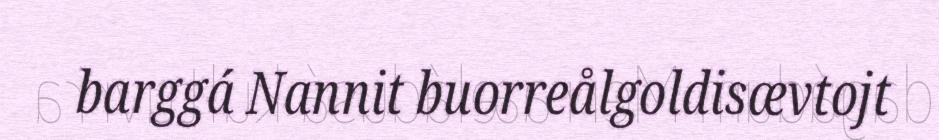
barggá Nannit buorreålgoldisævtojt